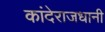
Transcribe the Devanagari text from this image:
कांदेराजधानी